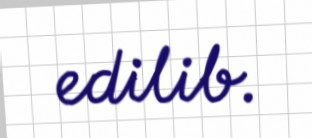
edilib.